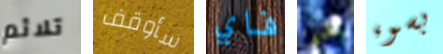
تلائم سأوقف فاي شئ بسوء